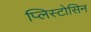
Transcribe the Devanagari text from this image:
प्लिस्टोसिन